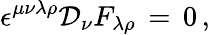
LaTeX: \epsilon^{\mu\nu\lambda\rho}\mathcal{D}_{\nu}F_{\lambda\rho}\, =\, 0\, ,